Vaccination report Assam 1874-1896 - 1874-1896
Year: 1874
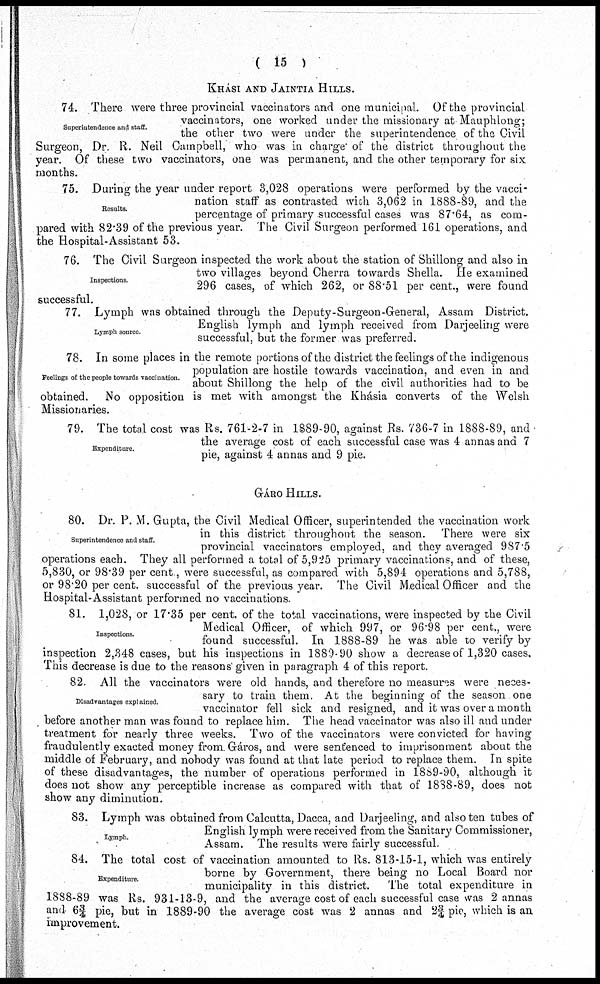
( 15 )
KHÁSI AND JAINTIA HILLS.
Superintendence and staff.
74. There were three provincial vaccinators and one municipal. Of the provincial
vaccinators, one worked under the missionary at Mauphlong;
the other two were under the superintendence of the Civil
Surgeon, Dr. R. Neil Campbell, who was in charge of the district throughout the
year. Of these two vaccinators, one was permanent, and the other temporary for six
months.
Results.
75. During the year under report 3,028 operations were performed by the vacci-
nation staff as contrasted with 3,062 in 1888-89, and the
percentage of primary successful cases was 87.64, as com-
pared with 82.39 of the previous year. The Civil Surgeon performed 161 operations, and
the Hospital-Assistant 53.
Inspections
76. The Civil Surgeon inspected the work about the station of Shillong and also in
two villages beyond Cherra towards Shella. He examined
296 cases, of which 262, or 88.51 per cent., were found
successful.
Lymph source.
77. Lymph was obtained through the Deputy-Surgeon-General, Assam District.
English lymph and lymph received from Darjeeling were
successful, but the former was preferred.
Feelings of the people towards vaccination.
78. In some places in the remote portions of the district the feelings of the indigenous
population are hostile towards vaccination, and even in and
about Shillong the help of the civil authorities had to be
obtained. No opposition is met with amongst the Khásia converts of the Welsh
Missionaries.
Expenditure.
79. The total cost was Rs. 761-2-7 in 1889-90, against Rs. 736-7 in 1888-89, and
the average cost of each successful case was 4 annas and 7
pie, against 4 annas and 9 pie.
GÁRO HILLS.
Superintendence and staff.
80. Dr. P. M. Gupta, the Civil Medical Officer, superintended the vaccination work
in this district throughout the season. There were six
provincial vaccinators employed, and they averaged 987.5
operations each. They all performed a total of 5,925 primary vaccinations, and of these,
5,830, or 98.39 per cent., were successful, as compared with 5,894 operations and 5,788,
or 98.20 per cent. successful of the previous year. The Civil Medical Officer and the
Hospital-Assistant performed no vaccinations.
Inspections.
81. 1,028, or 17.35 per cent. of the total vaccinations, were inspected by the Civil
Medical Officer, of which 997, or 96.98 per cent., were
found successful. In 1888-89 he was able to verify by
inspection 2,348 cases, but his inspections in 1889-90 show a decrease of 1,320 cases.
This decrease is due to the reasons given in paragraph 4 of this report.
Disadvantages explained
82. All the vaccinators were old hands, and therefore no measures were neces-
sary to train them. At the beginning of the season one
vaccinator fell sick and resigned, and it was over a month
before another man was found to replace him. The head vaccinator was also ill and under
treatment for nearly three weeks. Two of the vaccinators were convicted for having
fraudulently exacted money from. Gáros, and were sentenced to imprisonment about the
middle of February, and nobody was found at that late period to replace them. In spite
of these disadvantages, the number of operations performed in 1889-90, although it
does not show any perceptible increase as compared with that of 1888-89, does not
show any diminution.
Lymph.
83. Lymph was obtained from Calcutta, Dacca, and Darjeeling, and also ten tubes of
English lymph were received from the Sanitary Commissioner,
Assam. The results were fairly successful.
Expenditure.
84. The total cost of vaccination amounted to Rs. 813-15-1, which was entirely
borne by Government, there being no Local Board nor
municipality in this district. The total expenditure in
1888-89 was Rs. 931-13-9, and the average cost of each successful case was 2 annas
and 6¾ pie, but in 1889-90 the average cost was 2 annas and 2¾ pie, which is an
improvement.